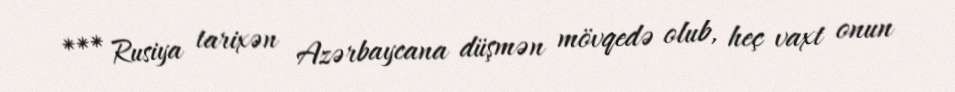
*** Rusiya tarixən Azərbaycana düşmən mövqedə olub, heç vaxt onun